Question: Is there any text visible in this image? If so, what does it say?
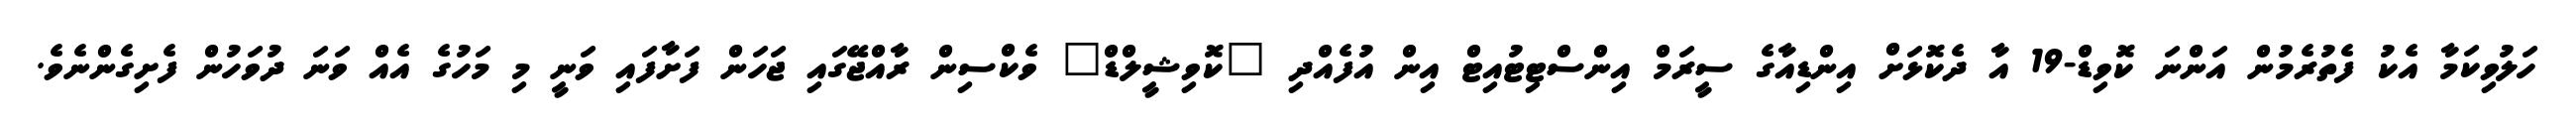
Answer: ހަލުވިކަމާ އެކު ފެތުރެމުން އަންނަ ކޮވިޑް-19 އާ ދެކޮޅަށް އިންޑިއާގެ ސީރަމް އިންސްޓިޓުއިޓް އިން އުފެއްދި "ކޮވިޝީލްޑް" ވެކްސިން ރާއްޖޭގައި ޖަހަން ފަށާފައި ވަނީ މި މަހުގެ އެއް ވަނަ ދުވަހުން ފެށިގެންނެވެ.